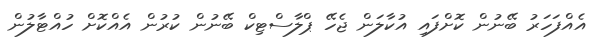
އެއްފަހަރު ބޭނުން ކޮށްފައި އުކާލަން ޖެހޭ ޕްލާސްޓިކް ބޭނުން ކުރުން އެއްކޮށް ހުއްޓާލުން